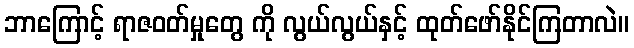
ဘာကြောင့် ရာဇဝတ်မှုတွေ ကို လွယ်လွယ်နှင့် ထုတ်ဖော်နိုင်ကြတာလဲ။